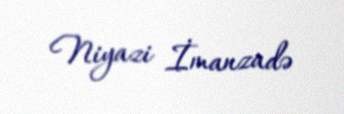
Niyazi İmanzadə